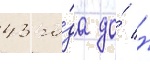
43 го́да до́ н